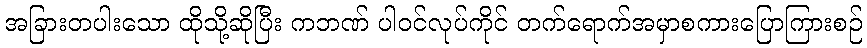
အခြားတပါးသော ထိုသို့ဆိုပြီး ကဘဏ် ပါဝင်လုပ်ကိုင် တက်ရောက်အမှာစကားပြောကြားစဉ်